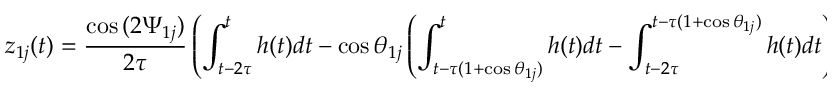
z _ { 1 j } ( t ) = \frac { \cos { ( 2 \Psi _ { 1 j } ) } } { 2 \tau } \left( \int _ { t - 2 \tau } ^ { t } h ( t ) d t - \cos { \theta _ { 1 j } } \left( \int _ { t - \tau ( 1 + \cos \theta _ { 1 j } ) } ^ { t } h ( t ) d t - \int _ { t - 2 \tau } ^ { t - \tau ( 1 + \cos \theta _ { 1 j } ) } h ( t ) d t \right) \right) ; \, j = 2 , 3